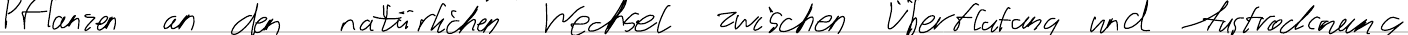
Pflanzen an den natürlichen Wechsel zwischen Überflutung und Austrocknung